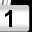
Digit: 1